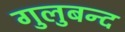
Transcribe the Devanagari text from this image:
गुलुबन्द